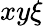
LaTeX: xy\xi